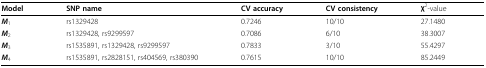
| Model | SNP name | CV accuracy | CV consistency | χ2-value |
 | --- | --- | --- | --- | --- |
 | M1 | rs1329428 | 0.7246 | 10/10 | 27.1480 |
 | M2 | rs1329428, rs9299597 | 0.7086 | 6/10 | 38.3007 |
 | M3 | rs1535891, rs1329428, rs9299597 | 0.7833 | 3/10 | 55.4297 |
 | M4 | rs1535891, rs2828151, rs404569, rs380390 | 0.7615 | 10/10 | 85.2449 |